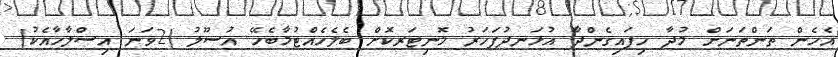
އެހެން ތަންތަނަށް މުދާ ހިފައިގެންދާ އުޅަނދުފަހަރު މޮނިޓަރކޮށް ބެލެހެއްޓުމާބެހޭ އުސޫލު (2ވަނަ އިސްލާހާއެކު)